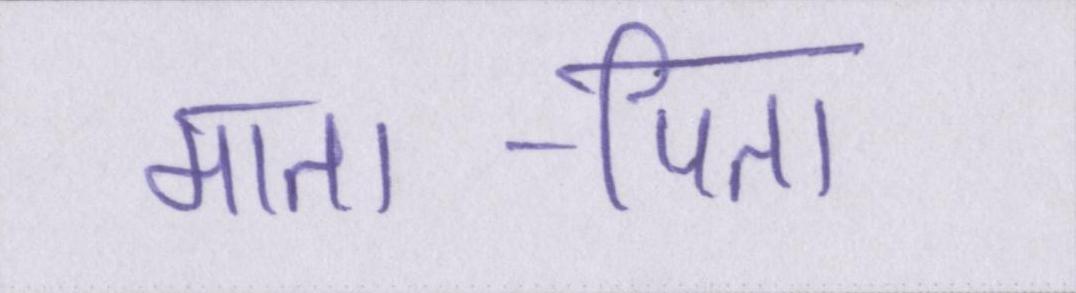
माता-पिता